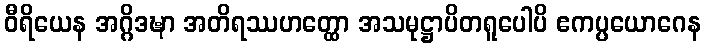
ဝီရိယေန အဂ္ဂိဒဍ္ဎာ အတိရဿဟတ္ထော အသမုဋ္ဌာပိတရူပေါပိ ဧကပ္ပယောဂေန